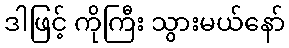
ဒါဖြင့် ကိုကြီး သွားမယ်နော်